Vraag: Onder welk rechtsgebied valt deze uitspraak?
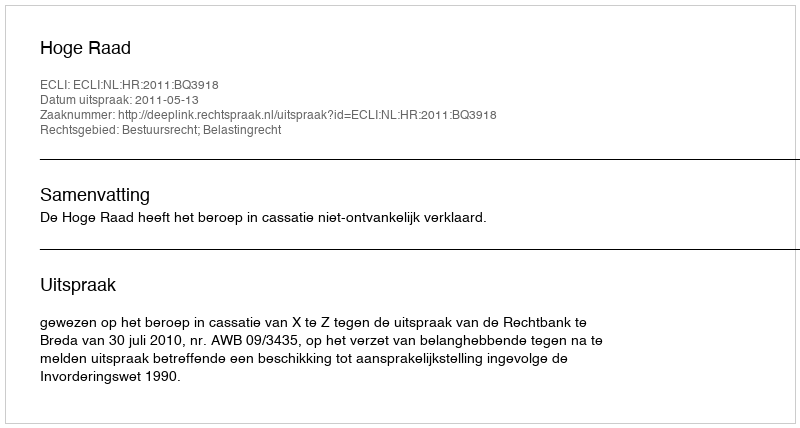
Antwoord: Bestuursrecht; Belastingrecht